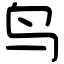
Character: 鸟